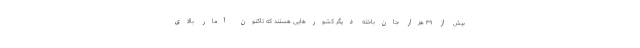
بیش از ۴۹ هزار جان‌باخته دیگر کشورهایی هستند که تاکنون آمار بالای